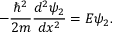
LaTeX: - { \frac { \hbar ^ { 2 } } { 2 m } } { \frac { d ^ { 2 } \psi _ { 2 } } { d x ^ { 2 } } } = E \psi _ { 2 } .